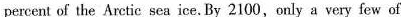
percent of the Aretic sea ice. By 2100,only a very few of